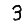
Digit: 3